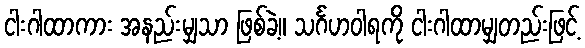
ငါးဂါထာကား အနည်းမျှသာ ဖြစ်ခဲ့။ သင်္ဂဟဝါရကို ငါးဂါထာမျှတည်းဖြင့်